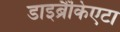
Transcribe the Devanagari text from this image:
डाइब्रैंकिएटा